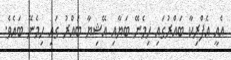
އެއީ އެފްރިކާ ބައްރުގައި ހިމެނޭ ބަޔާއި އޭޝިޔާ ބައްރު ގައި ހިމެނޭ ބައެވެ.